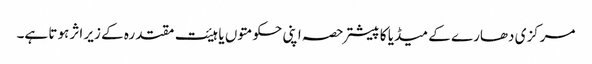
مرکزی دھارے کے میڈیا کا پیشتر حصہ اپنی حکومتوں یا ہیئت مقتدرہ کے زیر اثر ہوتا ہے۔